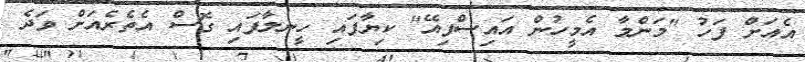
އެއަށް ފަހު "މަންމާ އެމީހުން އައިސްފިއޭ" ކިޔާފައި ހީނލާފައި ގޮސް އެތެރެއަށް ވަދެ